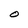
Character: O